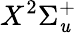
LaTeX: X^{2}\Sigma_{\mathit{u}}^{+}